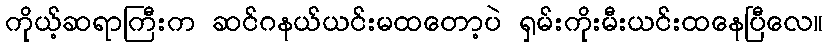
ကိုယ့်ဆရာကြီးက ဆင်ဂနယ်ယင်းမထတော့ပဲ ရှမ်းကိုးမီးယင်းထနေပြီလေ။